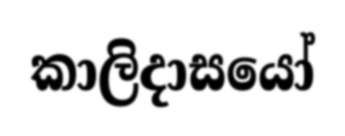
කාලිදාසයෝ